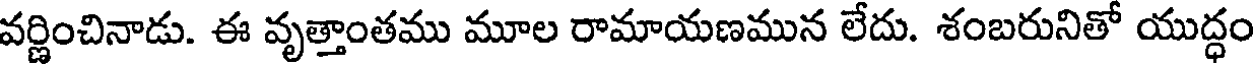
వర్ణించినాడు. ఈ వృత్తాంతము మూల రామాయణమున లేదు. శంబరునితో యుద్ధం